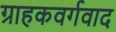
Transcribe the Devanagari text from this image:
ग्राहकवर्गवाद